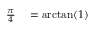
\begin{array} { r l } { { \frac { \pi } { 4 } } } & { { } = \arctan ( 1 ) } \end{array}